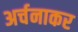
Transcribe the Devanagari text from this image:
अर्चनाकर